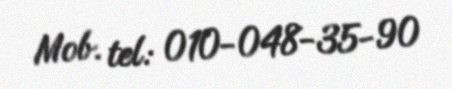
Mob. tel: 010-048-35-90